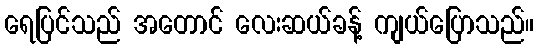
ရေပြင်သည် အတောင် လေးဆယ်ခန့် ကျယ်ပြောသည်။